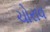
ચોરાવ